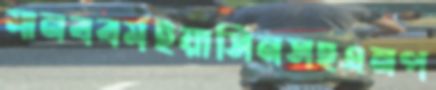
মানববর্মইয়াসিনসহএনপ